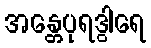
အန္တေပုရဒွါရေ